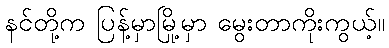
နင်တို့က ပြန့်မှာမြို့မှာ မွေးတာကိုးကွယ့်။